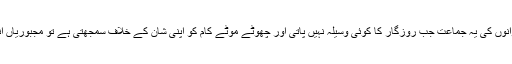
محنت مشقت سے عاری نوجوانوں کی یہ جماعت جب روزگار کا کوئی وسیلہ نہیں پاتی اور چھوٹے موٹے کام کو اپنی شان کے خلاف سمجھتی ہے تو مجبوریاں انہیں سہانے خواب دکھاتی ہیں۔